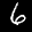
Label: 6